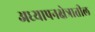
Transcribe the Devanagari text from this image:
अध्यापनक्षेत्रातील